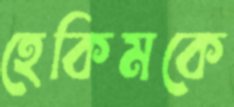
হেকিমকে